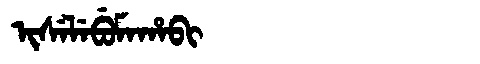
Manchu: ᡳᠰᡝᠯᡝᠪᡠᠮᠠᡥᠠᠪᡳ
Romanization: ISELEBUMAHABI